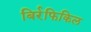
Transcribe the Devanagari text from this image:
बिर्रफिकिल